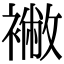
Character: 襒